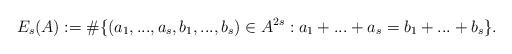
LaTeX: \begin{align*} E_s(A) := \# \{ (a_1, ..., a_s, b_1, ..., b_s) \in A^{2s} : a_1 + ... + a_s = b_1 + ... + b_s \}. \end{align*}